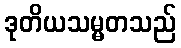
ဒုတိယသမ္မတသည်